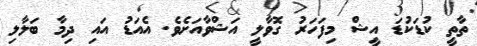
ތާތީ ކުޑަކުޑަ އީޝް މިފަހަރު ގޮވާލީ އަޝްވާއަށެވެ. އެއަޑު އައި ދިމާ ބަލާލި